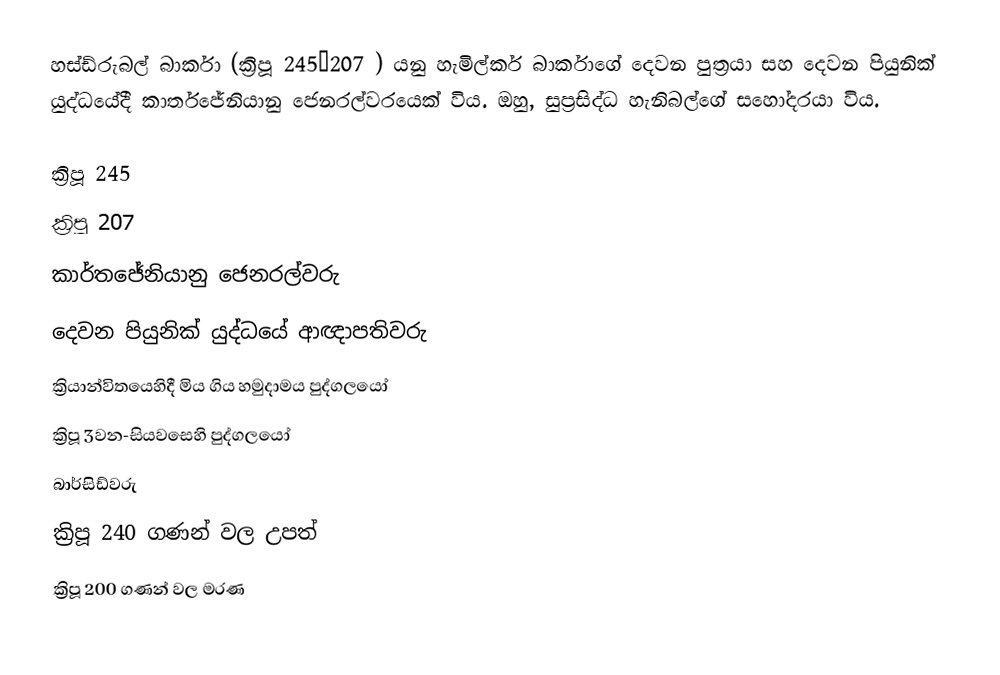
හස්ඩ්රුබල් බාර්කා (ක්‍රිපූ 245–207 ) යනු  හැමිල්කර් බාර්කාගේ දෙවන පුත්‍රයා සහ  දෙවන පියුනික් යුද්ධයේදී කාර්තජේනියානු ජෙනරල්වරයෙක් විය. ඔහු,  සුප්‍රසිද්ධ හැනිබල්ගේ සහෝදරයා විය.

ක්‍රිපූ 245
ක්‍රිපූ 207
කාර්තජේනියානු ජෙනරල්වරු
දෙවන පියුනික් යුද්ධයේ ආඥාපතිවරු
ක්‍රියාන්විතයෙහිදී මිය ගිය හමුදාමය පුද්ගලයෝ
ක්‍රිපූ 3වන-සියවසෙහි පුද්ගලයෝ
බාර්සිඩ්වරු
ක්‍රිපූ 240 ගණන් වල උපත්
ක්‍රිපූ 200 ගණන් වල මරණ